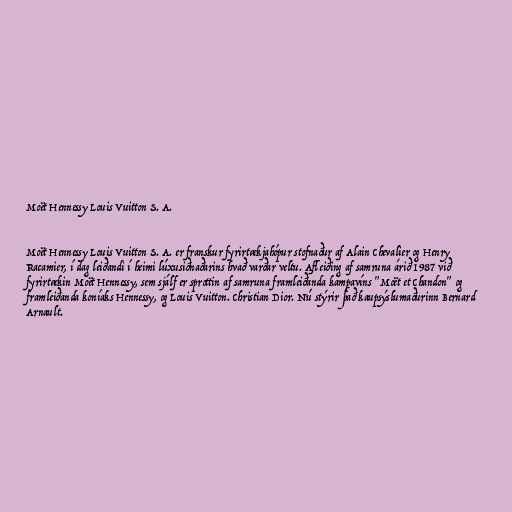
Moët Hennessy Louis Vuitton S. A.

Moët Hennessy Louis Vuitton S. A. er franskur fyrirtækjahópur stofnaður af Alain Chevalier og Henry
Racamier, í dag leiðandi í heimi lúxusiðnaðarins hvað varðar veltu. Afleiðing af samruna árið 1987 við
fyrirtækin Moët Hennessy, sem sjálf er sprottin af samruna framleiðanda kampavíns "Moët et Chandon" og
framleiðanda koníaks Hennessy, og Louis Vuitton. Christian Dior. Nú stýrir það kaupsýslumaðurinn Bernard
Arnault.